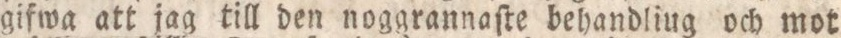
gifwa att jag till den noggrannaſte behandling och mot